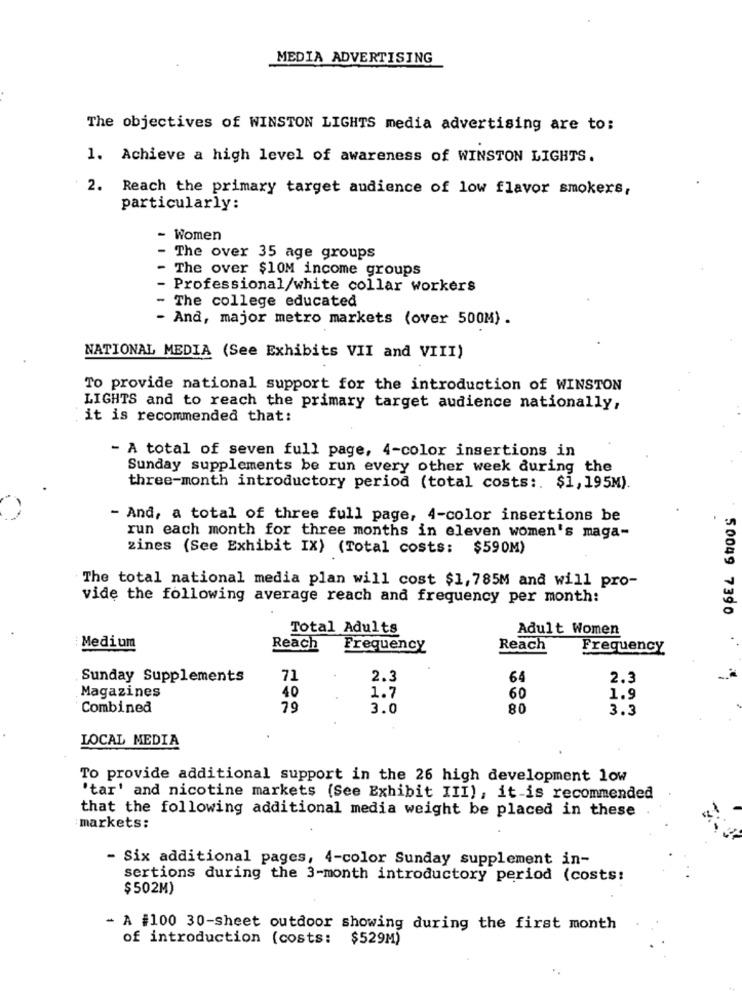
MEDIA ADVERTISING
The objectives of WINSTON LIGHTS media advertising are to:
1. Achieve a high level of awareness of WINSTON LIGHTS.
2. Reach the primary target audience of low flavor smokers,
particularly:
- Women
The over 35 age groups
The over $10M income groups
Professional/white collar workers
- The college educated
And, major metro markets (over 500M) .
NATIONAL MEDIA (See Exhibits VII and VIII)
To provide national support for the introduction of WINSTON
LIGHTS and to reach the primary target audience nationally,
it is recommended that:
- A total of seven full page, 4-color insertions in
Sunday supplements be run every other week during the
three-month introductory period (total costs :. $1, 195M).
- And, a total of three full page, 4-color insertions be
run each month for three months in eleven women's maga-
zines (See Exhibit IX) (Total costs: $590M)
The total national media plan will cost $1,785M and will pro-
vide the following average reach and frequency per month:
50049 7390
Total Adults
Adult Women
Medium
Reach
Frequency
Reach
Frequency
Sunday Supplements
71
2.3
64
2.3
40
Magazines
1.7
60
1.9
Combined
79
3.0
80
3.3
LOCAL MEDIA
To provide additional support in the 26 high development low
'tar' and nicotine markets (See Exhibit III), it-is recommended
that the following additional media weight be placed in these
markets:
- Six additional pages, 4-color Sunday supplement in-
sertions during the 3-month introductory period (costs:
$502M)
- A #100 30-sheet outdoor showing during the first month
of introduction (costs: $529M)